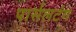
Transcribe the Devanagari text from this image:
पार्सलटंग